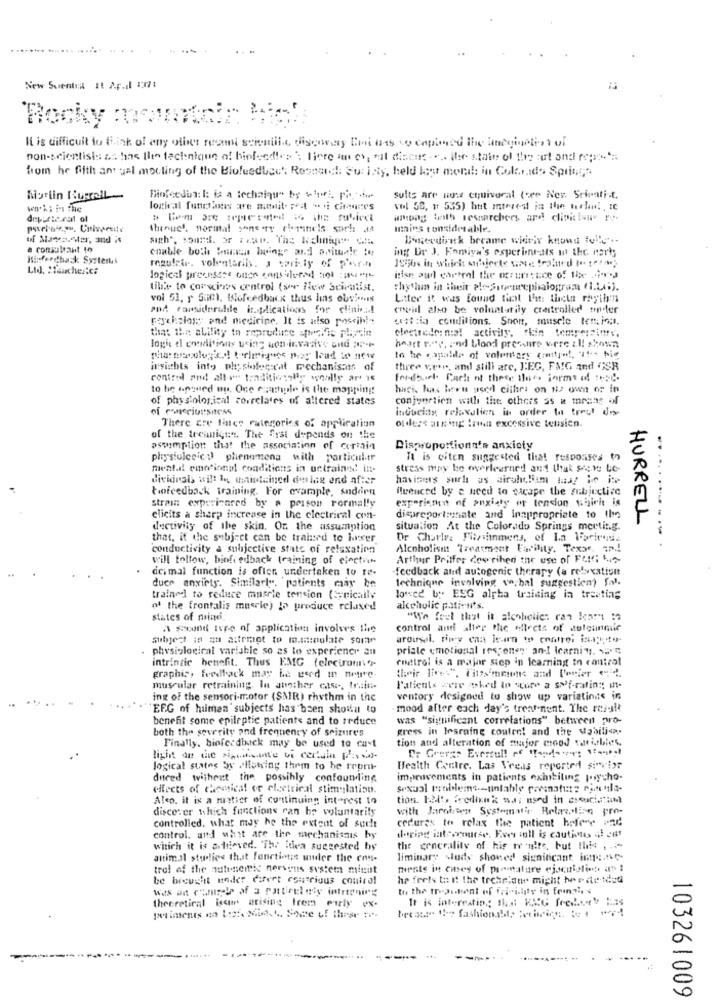
........ ..... ...... ...
New Surentra It A.p.d 1:37:
Rocky mounta?
It is difficult to think of any other resmi scientific discoray Chi das wo copied the interaction of
non-scientists &t has the tectonique af binfeedtes : Tiere man es, "il discus . ... ihre stain of the cut and repos
from he fifth ant gal mocling of the Biofeedback Research Su: iny, held lost mond: in Colorado Springs.
Myelin Russell
Biofeedback is a technique by which pite
suits are now equivoral (ser Ner. Sripatit.
wwk; ins the
logical functaxes are monit. Fedt - i Giances
vol 50, 1 535) but interest in the terhan !, te
among tooth researchers and cliniciany rt.
Inins considerable.
of Manser, and is
sight, sound. or ;cap. The Ichinany ofi.
Beterdiritk became wievir knows tolle .-
e consultant 10
enable both wania hoings and animale to
ing Ur J. Eomiya's experinrats ut the mart;
Kinforgtbask Systems
Lid. #Teaches:c#
regulair. voluntarily. a warily of porn
logical processre onen considered not :"
iise audl cartel the occurestce of the .r.J
tiba to covecinos control (sor New Scivaiist.
rhythm in their ?!-- Sitenrepthaiogram (I.L;).
vol 51, r Saint, Wofeedbaix thus lins obs .... is
Later it was found that Ihit: thetn rhyth:n
and ramsiderutile indications for clini :.!
covid aho be voluntarily crastrolled topfer
reschaloss and medicine. It is also poscih !-
usttia conditions. Snon, muscle tenia ;.
electrodo: nia! activity, skin tempersim :,
that the ability to reproduce sprite plipele
logic el conditions using non invasive and we
hart noc, and blood pressure were all shown
to he capalile of voluntary (mtya !. "1" -- bic
insights into physiological mechanisms of
three vete, and still are, JEG, FMG and GSR
contred and! alt-e- traditionally wynally art 15
fordsarl. Cach nt these the forms of troy.
to he apqued up. One czample is the mapping!
hugs, has been used citlies on #2 own or in
of physiological correlates of altered states
conjunction with the others as a means of
of reciutsitess
inducing relaxalien in order to treyt dos-
ouders arring Iria excessive teusien.
There cre lines rategories of application
of the treanigen. The Gyat depends on the
assumption that the association of certain
Disproportionn's anxiety
physiulceic:) phenomena with particular
Ta is often suggested that responses to
mental emotional conditions in untrained itt-
stress may be overlearned and that score be
dividesis will be maintained doing and after
havisers surl as airaholiam tag ine it-
biofeedback training. For example, sndern
fluenced by e need to gicape the subjective
experiment of anxiety of tension which is
strain experienced by a prison Formally
clicits a sharp increase in the electrical con-
disproportionate and inappropriate to the
ductivity of the skin. On the assumption
situation At the Colorado Springs meeting.
HURRELL
that, it the subject can be trained te ixer
Dr Charles Fitssinmens, of In Forless
conductivity a subjective state of relaxation
Alcoholism Treatment Facility, Texas, 77!
...---- .
will follow, bing edback training of election
Arthur Pritfer described the use of Full te
dei mal function is often undertaken to re-
feedback and autogenic therapy (a relaxation
technique involving wo, bal suggesticm) Sal.
duer anxiety. Similarly, patients may be
trained to reduce muscle tension (typically
loved by. ESG alpha traising in treating
at the frontalis muscle) to produce relased
alcoholic patients.
states of nimi.
"We feel that it alcoholic: ran kar :2
A sound type of application involves the
control anti alter the effects of autounmie
subject in an attempt to m.minulate some
arousal rice can learn to controi inaute-
. physiological varishle so as to experience an
priate emotional response' and learning. ..
intrinsic benefit. Thus EMG (electrom"-
ritiro! is a major siep in learning to control
graphic, feedback may be used in neue.
muscular retraining. In another case, train-
Patients gere phed In store a sof-rating; it
ing of the sensori motor (SAR) rhythm in the
ventory designed to show up variatings in
EFG of human subjects has been shown to
mood after each day's treatment. The result
benefit some epileptic patients and to reduce
was "significant correlations" between pro-
both the severity and frequency of seizures
gress in learning coulee! and the uabilis
tion and alteration of major mood variables,
Finally. biofeedback may be used to cart
Dr Greras Eversul! of Mandate: 1 .....
light de the signanate vi certain passa
logical states by allowing them to be repro-
Health Centre. Las Veeas reported sinvior
duced without the possihly confounding
improvements in patients exhibiting psycho-
effects of chemical of electrical stimulation.
sexual Problems -- tinlable partnatus con la-
Alco. it is a matter of continuing interest to
discover which functions can be voluntarily
with Jamaisen Systematic Belacation pro-
controlled, what may be the extent of suche
cedures to relax the patient hofere und
control, and whit are the mechanisms hy
during iateccourse. Even inll is cautious di ent
which it is atioved. "The idea suggested by
the generality of his re uite, but Ihits , ..
attimal studies that fonctions under the con-
liminary sludy showed significant imp :. ve-
trol of the muteseite nervens system minut
ments in cases of premature ejaculalies. it !
be brought neder duert esurious control
he feels to if the trehr ant might tre de idet
to the trepihent of fricichy in femais
It is interesting that KRIG fredset has
theoretical isum arising frem early ex-
because U- fashionsMl; istbring to 4 071
103261009